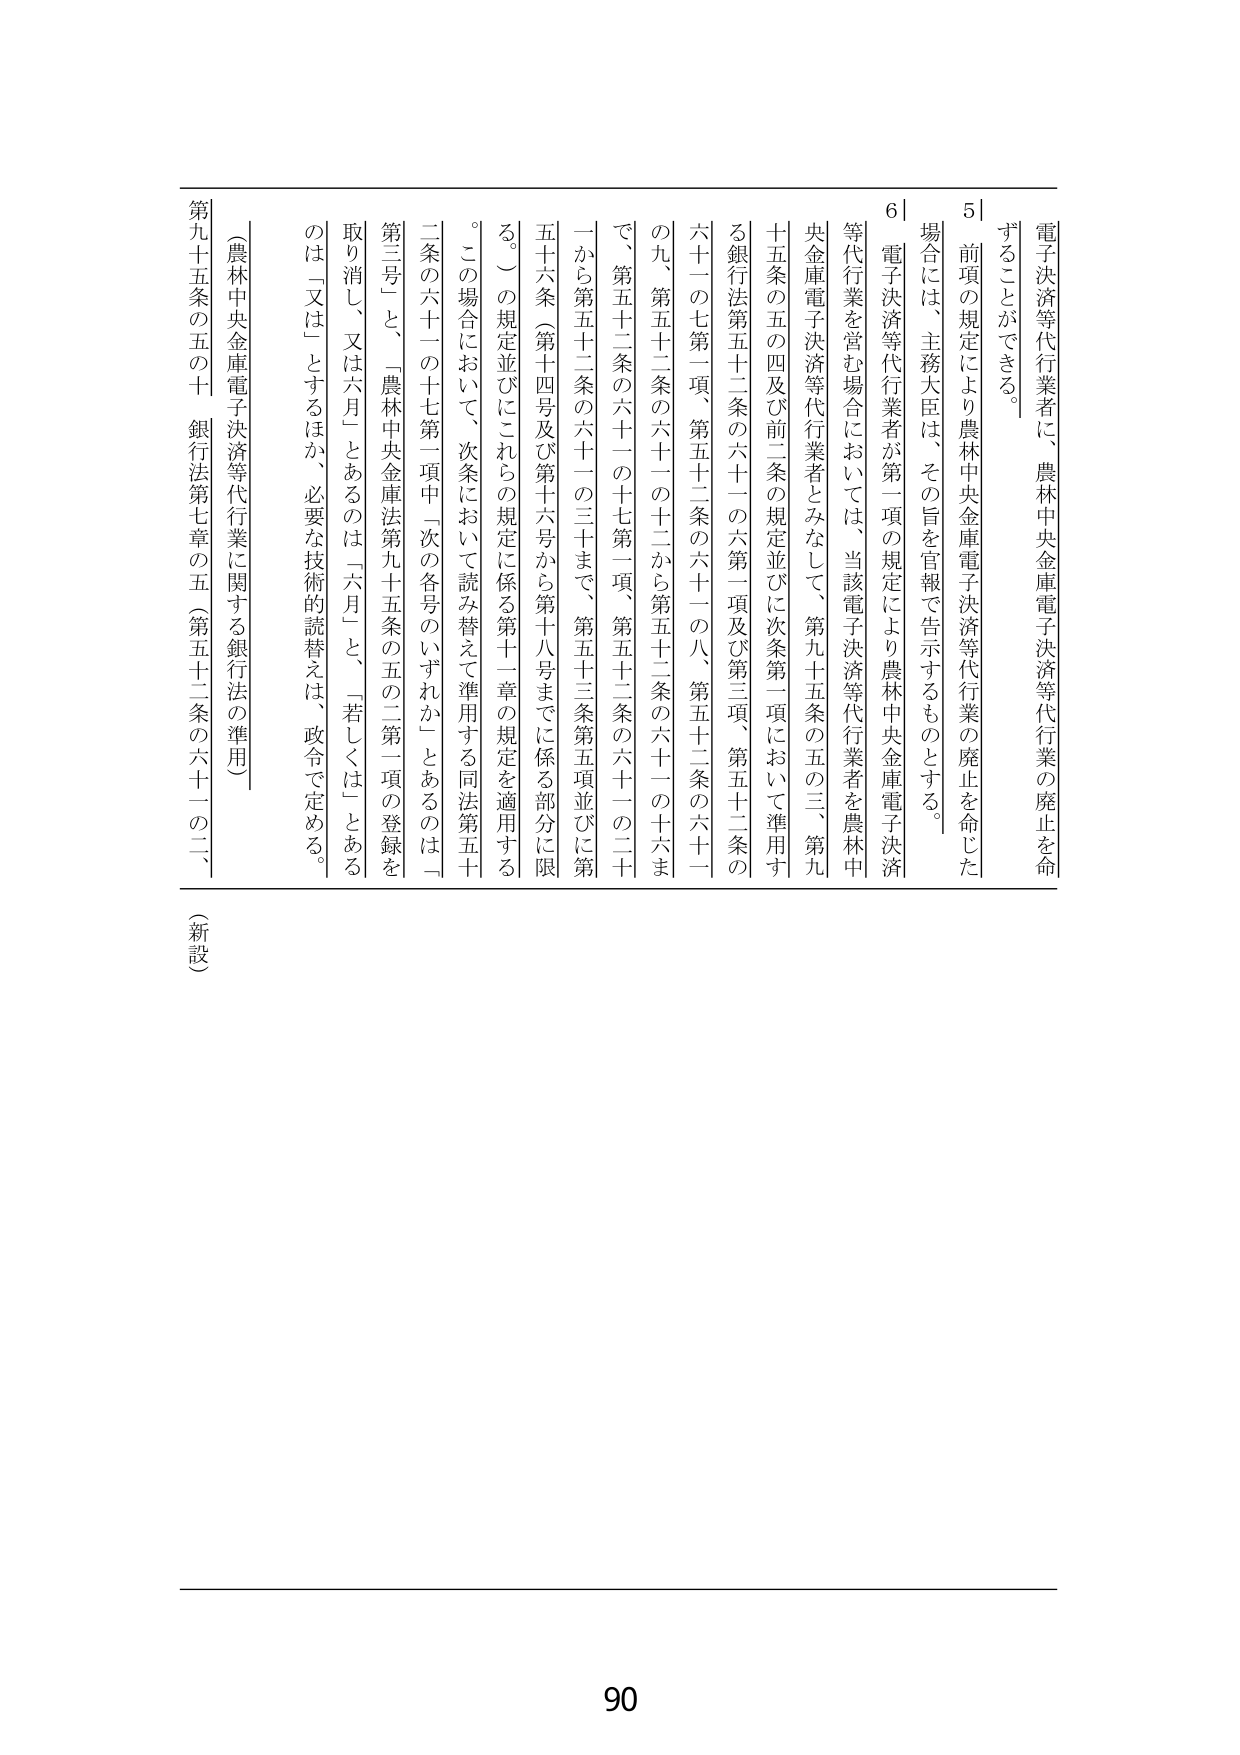
電子決済等代行業者に、農林中央金庫電子決済等代行業の廃止を命ずることができる。

5｜前項の規定により農林中央金庫電子決済等代行業の廃止を命じた場合には、主務大臣は、その旨を官報で告示するものとする。

6｜電子決済等代行業者が第一項の規定により農林中央金庫電子決済等代行業を営む場合においては、当該電子決済等代行業者を農林中央金庫電子決済等代行業者とみなして、第九十五条の五の三、第九十五条の五の四及び前二条の規定並びに次条第一項において準用する銀行法第五十二条の六十一の六第一項及び第三項、第五十二条の六十一の七第一項、第五十二条の六十一の八、第五十二条の六十一の九、第五十二条の六十一の十二から第五十二条の六十一の十六まで、第五十二条の六十一の十七第一項、第五十二条の六十一の二十ーから第五十二条の六十一の三十まで、第五十三条第五項並びに第五十六条（第十四号及び第十六号から第十八号までに係る部分に限る。）の規定並びにこれらの規定に係る第十一章の規定を適用する。この場合において、次条において読み替えて準用する同法第五十二条の六十一の十七第一項中「次の各号のいずれか」とあるのは「第三号」と、「農林中央金庫法第九十五条の五の二第一項の登録を取消し」又は「六月」とあるのは「六月」と、「若しくは」とあるのは「又は」とするほか、必要な技術的読替えは、政令で定める。

（農林中央金庫電子決済等代行業に関する銀行法の準用）

第九十五条の五の十 銀行法第七章の五（第五十二条の六十一の二、（新設）

90